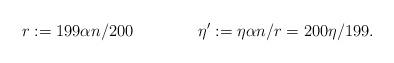
LaTeX: \begin{align*}r : = 199\alpha n/200 \ \ \ \ \ \ \ \ \ \ \ \ \eta' := \eta \alpha n/r=200\eta/199.\end{align*}